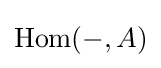
\operatorname {Hom} (-,A)